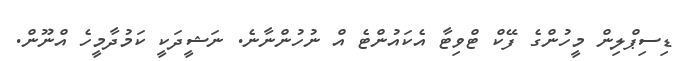
ޑިސިޕްލިން މީހުންގެ ފޭކް ޓްވިޓާ އެކައުންޓެ އް ނުހުންނާނެ. ނަޝީދަކީ ކަމުދާމީހެ އްނޫން.